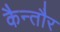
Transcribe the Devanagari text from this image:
कैन्तौर